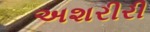
અશરીરી